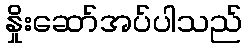
နှိုးဆော်အပ်ပါသည်